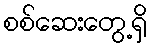
စစ်ဆေးတွေ့ရှိ